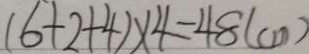
( 6 + 2 + 4 ) \times 4 = 4 8 ( c m )